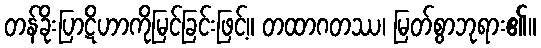
တန်ခိုးပြာဋိဟာကိုမြင်ခြင်းဖြင့်။ တထာဂတဿ၊ မြတ်စွာဘုရား၏။